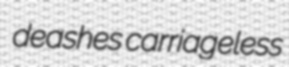
deashes carriageless